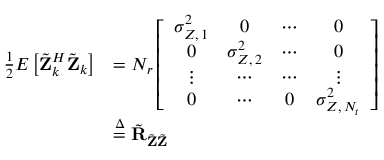
\begin{array} { r l } { \frac { 1 } { 2 } E \left[ \tilde { \mathbf { Z } } _ { k } ^ { H } \tilde { \mathbf { Z } } _ { k } \right] } & { = N _ { r } \left[ \begin{array} { c c c c } { \sigma _ { Z , \, 1 } ^ { 2 } } & { 0 } & { \cdots } & { 0 } \\ { 0 } & { \sigma _ { Z , \, 2 } ^ { 2 } } & { \cdots } & { 0 } \\ { \vdots } & { \cdots } & { \cdots } & { \vdots } \\ { 0 } & { \cdots } & { 0 } & { \sigma _ { Z , \, N _ { t } } ^ { 2 } } \end{array} \right] } \\ & { \stackrel { \Delta } { = } \tilde { \mathbf { R } } _ { \tilde { \mathbf { Z } } \tilde { \mathbf { Z } } } } \end{array}